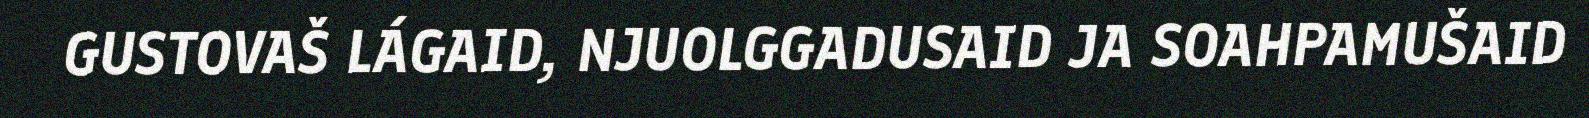
GUSTOVAŠ LÁGAID, NJUOLGGADUSAID JA SOAHPAMUŠAID